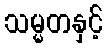
သမ္မတနှင့်